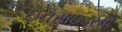
ઇનસાઇડરની